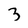
Character: 3